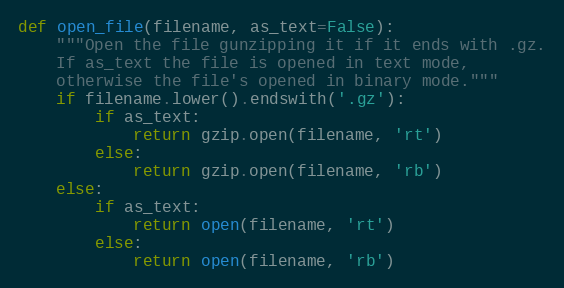
Language: Python
def open_file(filename, as_text=False):
    """Open the file gunzipping it if it ends with .gz.
    If as_text the file is opened in text mode,
    otherwise the file's opened in binary mode."""
    if filename.lower().endswith('.gz'):
        if as_text:
            return gzip.open(filename, 'rt')
        else:
            return gzip.open(filename, 'rb')
    else:
        if as_text:
            return open(filename, 'rt')
        else:
            return open(filename, 'rb')